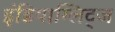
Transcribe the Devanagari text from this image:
इंडियाग्लिट्ज